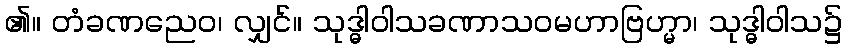
၏။ တံခဏညေဝ၊ လျှင်။ သုဒ္ဓါဝါသခဏာသဝမဟာဗြဟ္မာ၊ သုဒ္ဓါဝါသ၌